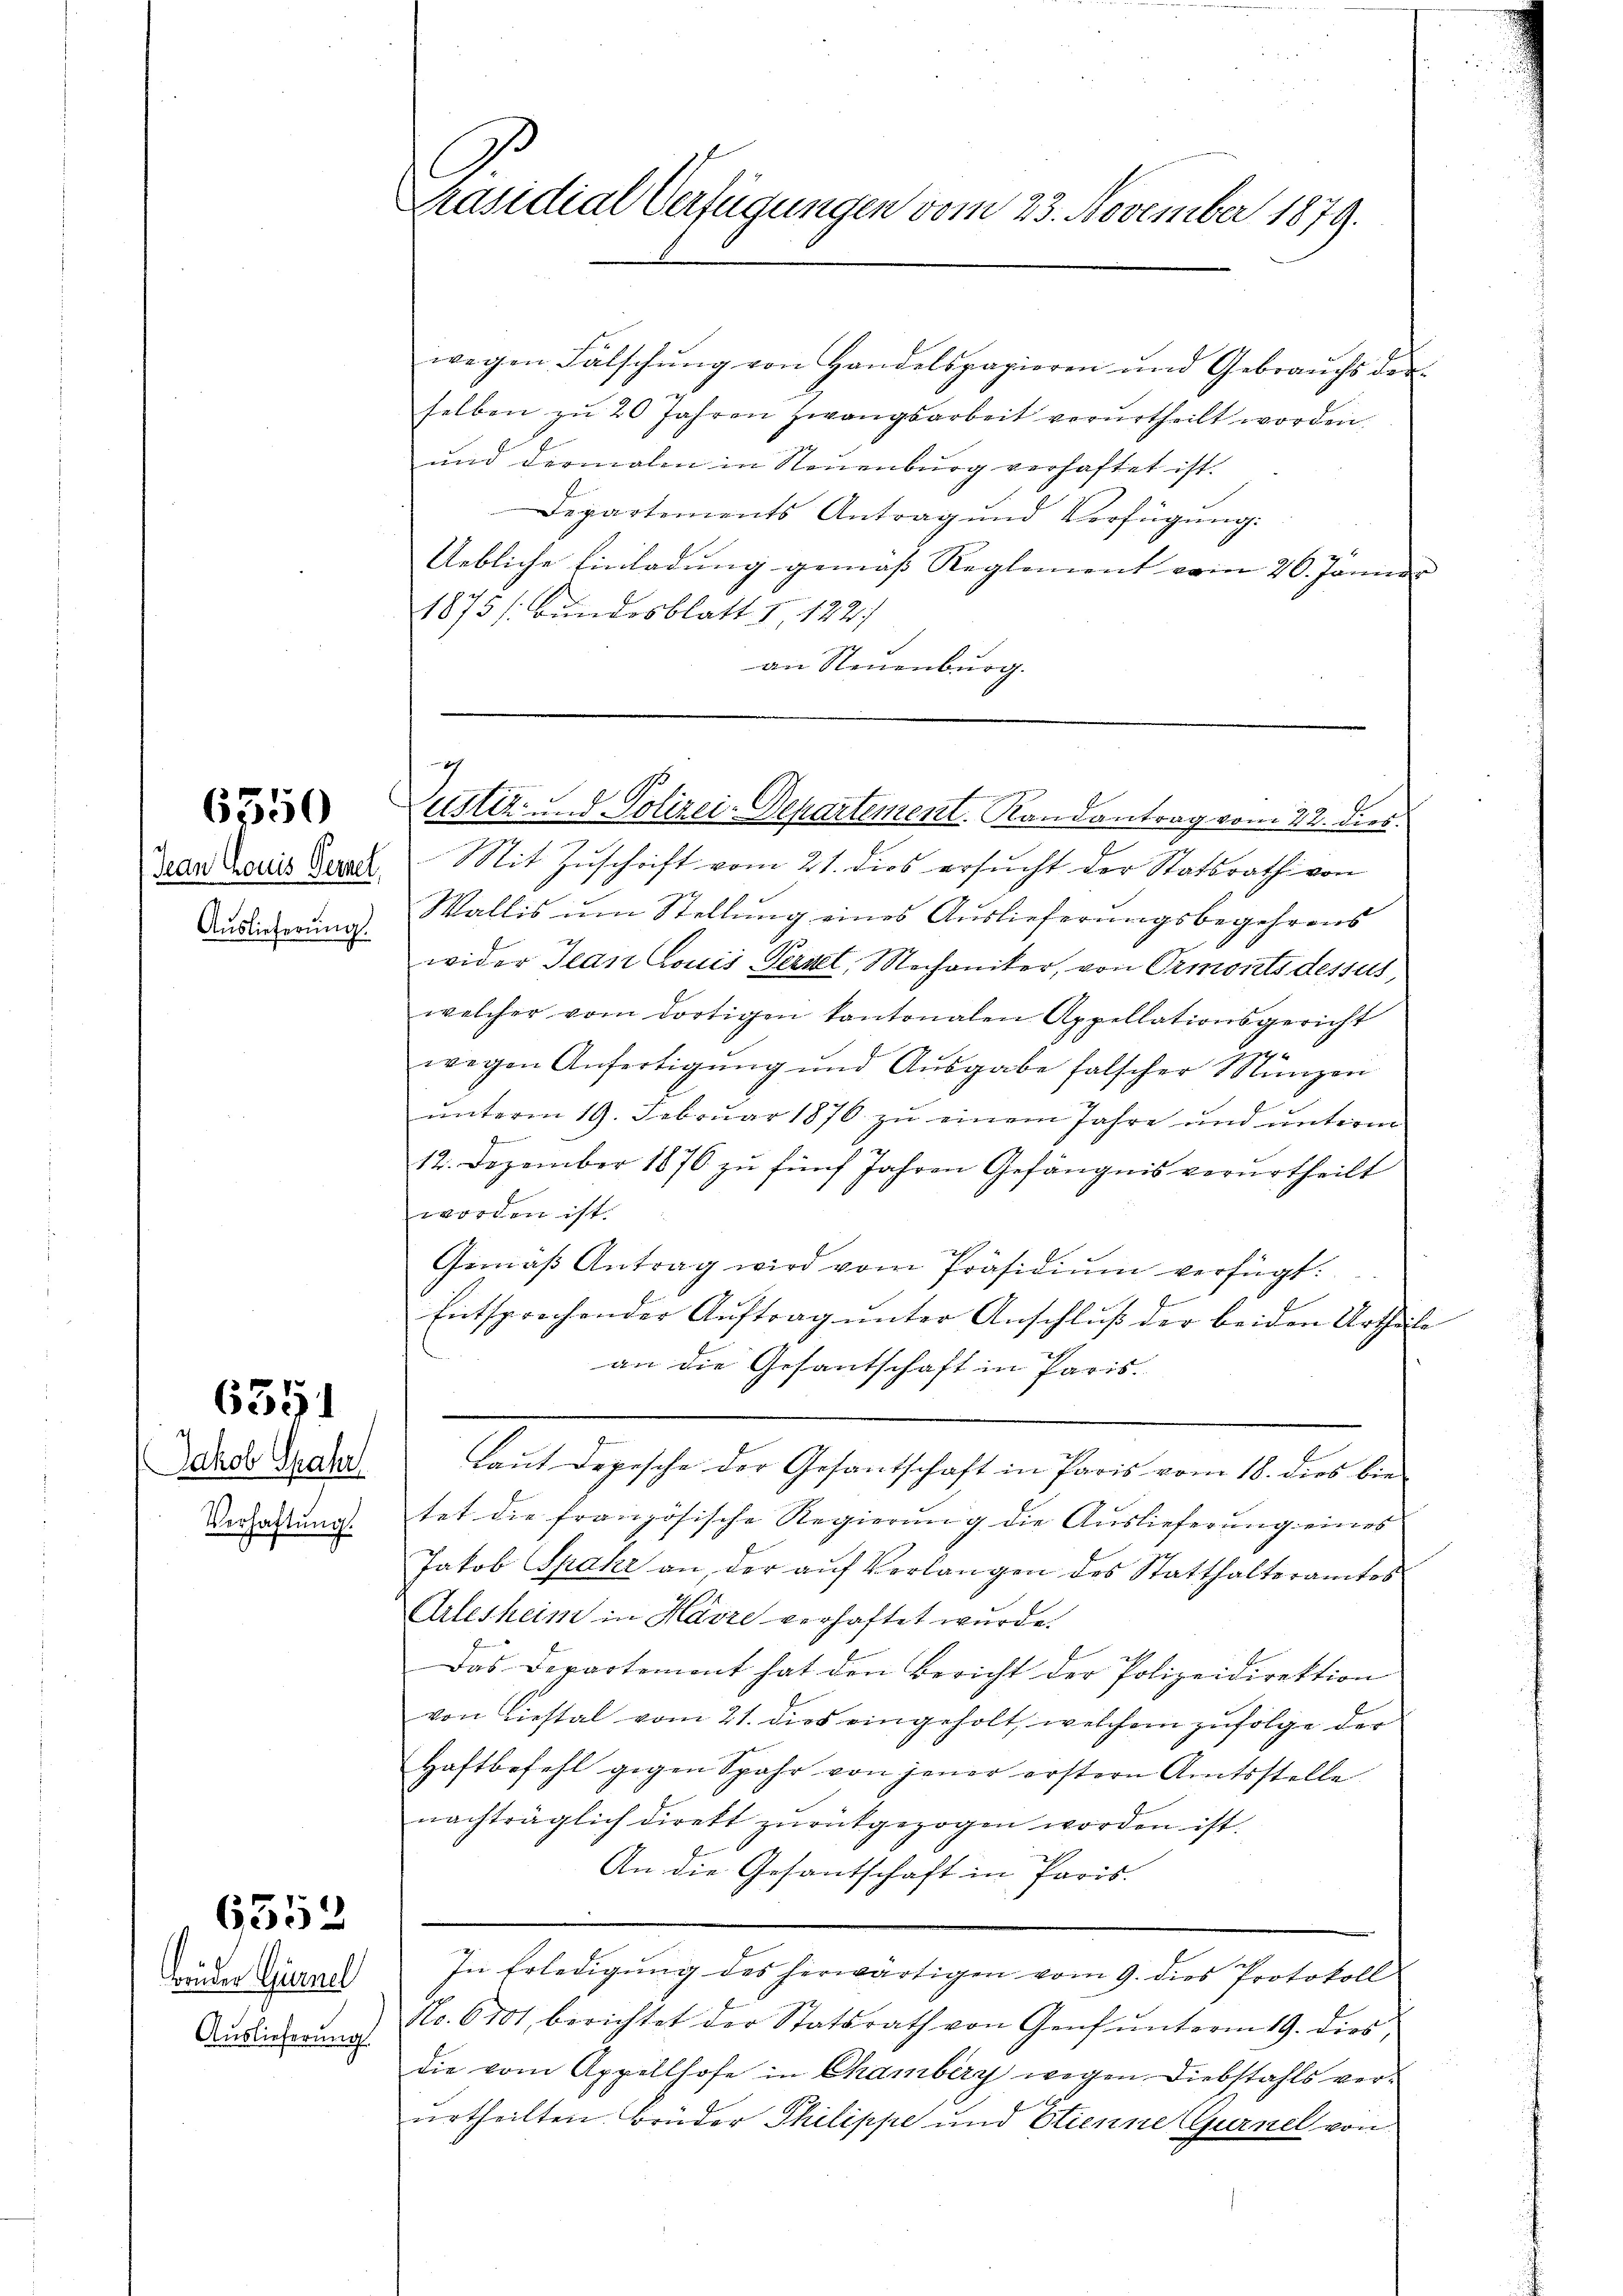
6350

6351

Jakob Spahr
Verhaftung.

brüder Gürnel
Auslieferung

6552

Präsidial-Verfügungen vom 23. November 1879.

g
Zustiz- und Polizei-Departement. Randantrag vom 22. dies.

wegen Fälschŭng von Handelspapieren und Gebrauchs der
selben zŭ 20 Jahren zwangsarbeit verurtheilt worden.
ŭnd dermalen in Neuenburg verhaftet ist.
Departements Antrag und Verfügŭng:
Uebliche Einladung gemäß Reglement vom 26. Januar
1875 /: Bundesblatt 1, 1221
an Neuenburg.

.
Laut Depesche der Gesantschaft in Paris vom 18. dies bie

Jeder aus Berat Mit Zŭschrift vom 21. dies ersŭcht der Statsrath von
Wallis um Stellung eines Auslieferungsbegehrens
Audierung wider Jean Louis Fernel, Mechaniker, von Ormonts dessus,
welcher vom dortigen Kantonalen Appellationsgericht
wegen Anfertigŭng und Aŭsgabe falscher Münzen
ŭnterm 19. Febrŭar 1876 zŭ einem Jahre und ŭnterm
12. Dezember 1876 zŭ fünf Jahren Gefängnis verurtheilt
worden ist.
Gemäß Antrag wird vom Präsidium verfügt:
Entsprechender Auftrag unter Anschluß der beiden Urtheile
an die Gesantschaft in Paris.
tet die französische Regierŭng die Auslieferung eines
Jakob Spahr an, der auf Verlangen des Statthalteramtes
Urlesheim in Harre verhaftet wurde.
Das Departement hat den Bericht der Polizeidirektion
von Liestal vom 21. dies eingeholt, welchem zufolge der
Haftbefehl gegen Spahr von jener erstern Amtsstelle
nachträglich direkt zurückgezogen worden ist.
An die Gesantschaft in Paris.
In Erledigung des herwärtigen vom 9. dies Protokoll
No. 6101, berichtet der Statsrath von Genf ŭnterm 19. dies,
die vom Appellhofe in Chamberg wegen Diebstahls verurtheilten Brüder Philippe und Etienne Gurnel von